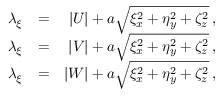
\begin{array} { r l r } { \lambda _ { \xi } } & { = } & { | U | + a \sqrt { \xi _ { x } ^ { 2 } + \eta _ { y } ^ { 2 } + \zeta _ { z } ^ { 2 } } \, \mathrm { , } } \\ { \lambda _ { \xi } } & { = } & { | V | + a \sqrt { \xi _ { x } ^ { 2 } + \eta _ { y } ^ { 2 } + \zeta _ { z } ^ { 2 } } \, \mathrm { , } } \\ { \lambda _ { \xi } } & { = } & { | W | + a \sqrt { \xi _ { x } ^ { 2 } + \eta _ { y } ^ { 2 } + \zeta _ { z } ^ { 2 } } \, \mathrm { , } } \end{array}